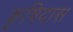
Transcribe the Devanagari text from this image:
कृषिदास